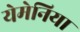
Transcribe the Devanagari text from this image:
येमेनिया